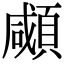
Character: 顑